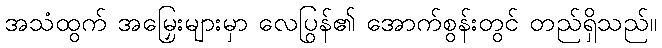
အသံထွက် အမြှေးများမှာ လေပြွန်၏ အောက်စွန်းတွင် တည်ရှိသည်။